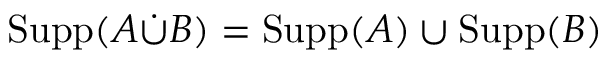
\operatorname { S u p p } ( A { \dot { \cup } } B ) = \operatorname { S u p p } ( A ) \cup \operatorname { S u p p } ( B )